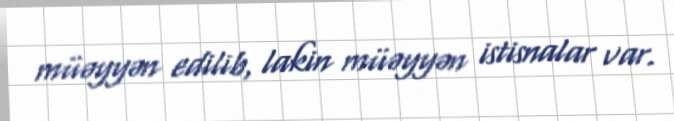
müəyyən edilib, lakin müəyyən istisnalar var.